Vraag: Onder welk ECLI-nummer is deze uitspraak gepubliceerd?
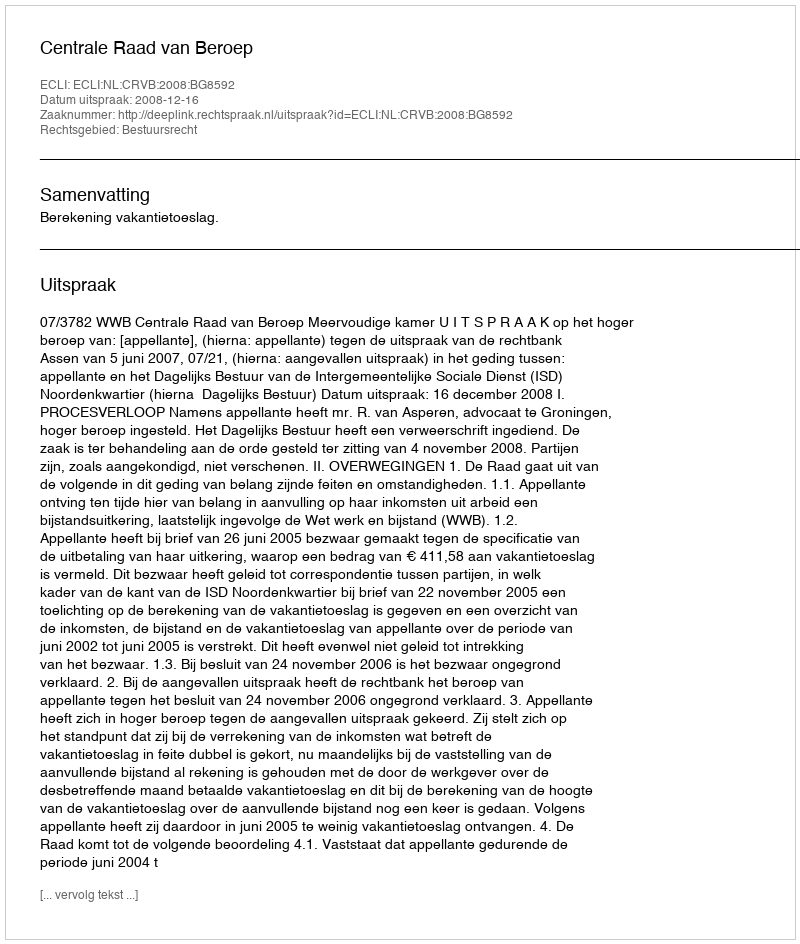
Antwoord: ECLI:NL:CRVB:2008:BG8592